Lunatic asylums Bombay report 1878-1890 - 1878-1890
Year: 1878
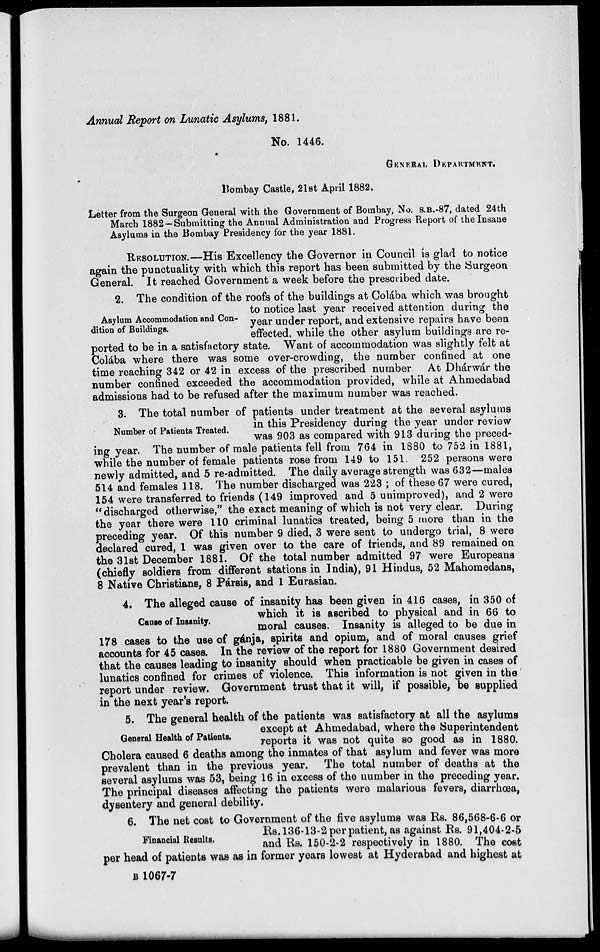
Annual Report on Lunatic Asylums, 1881.
No. 1446.
GENERAL DEPARTMENT.
Bombay Castle, 21st April 1882.
Letter from the Surgeon General with the Government of Bombay, No. S.B.-87, dated 24th
March 1882—Submitting the Annual Administration and Progress Report of the Insane
Asylums in the Bombay Presidency for the year 1881.
RESOLUTION.—His Excellency the Governor in Council is glad to notice
again the punctuality with which this report has been submitted by the Surgeon
General. It reached Government a week before the prescribed date.
Asylum Accommodation and Con-
dition of Buildings.
2. The condition of the roofs of the buildings at Colába which was brought
to notice last year received attention during the
year under report, and extensive repairs have been
effected, while the other asylum buildings are re-
ported to be in a satisfactory state. Want of accommodation was slightly felt at
Colába where there was some over-crowding, the number confined at one
time reaching 342 or 42 in excess of the prescribed number At Dhárwár the
number confined exceeded the accommodation provided, while at Ahmedabad
admissions had to be refused after the maximum number was reached.
Number of Patients Treated.
3. The total number of patients under treatment at the several asylums
in this Presidency during the year under review
was 903 as compared with 913 during the preced-
ing year. The number of male patients fell from 764 in 1880 to 752 in 1881,
while the number of female patients rose from 149 to 151. 252 persons were
newly admitted, and 5 re-admitted. The daily average strength was 632—males
514 and females 118. The number discharged was 223 ; of these 67 were cured,
154 were transferred to friends (149 improved and 5 unimproved), and 2 were
" discharged otherwise," the exact meaning of which is not very clear. During
the year there were 110 criminal lunatics treated, being 5 more than in the
preceding year. Of this number 9 died, 3 were sent to undergo trial, 8 were
declared cured, 1 was given over to the care of friends, and 89 remained on
the 31st December 1881. Of the total number admitted 97 were Europeans
(chiefly soldiers from different stations in India), 91 Hindus, 52 Mahomedans,
8 Native Christians, 8 Pársis, and 1 Eurasian.
Cause of Insanity.
4. The alleged cause of insanity has been given in 416 cases, in 350 of
which it is ascribed to physical and in 66 to
moral causes. Insanity is alleged to be due in
178 cases to the use of gánja, spirits and opium, and of moral causes grief
accounts for 45 cases. In the review of the report for 1880 Government desired
that the causes leading to insanity should when practicable be given in cases of
lunatics confined for crimes of violence. This information is not given in the
report under review. Government trust that it will, if possible, be supplied
in the next year's report.
General Health of Patients.
5. The general health of the patients was satisfactory at all the asylums
except at Ahmedabad, where the Superintendent
reports it was not quite so good as in 1880.
Cholera caused 6 deaths among the inmates of that asylum and fever was more
prevalent than in the previous year. The total number of deaths at the
several asylums was 53, being 16 in excess of the number in the preceding year.
The principal diseases affecting the patients were malarious fevers, diarrhœa,
dysentery and general debility.
Financial Results.
6. The net cost to Government of the five asylums was Rs. 86,568-6-6 or
Rs. 136-13-2 per patient, as against Rs. 91,404-2-5
and Rs. 150-2-2 respectively in 1880. The cost
per head of patients was as in former years lowest at Hyderabad and highest at
B 1067-7